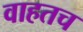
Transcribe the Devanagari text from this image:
वाहतच